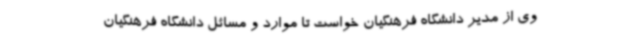
وی از مدیر دانشگاه فرهنگیان خواست تا موارد و مسائل دانشگاه فرهنگیان